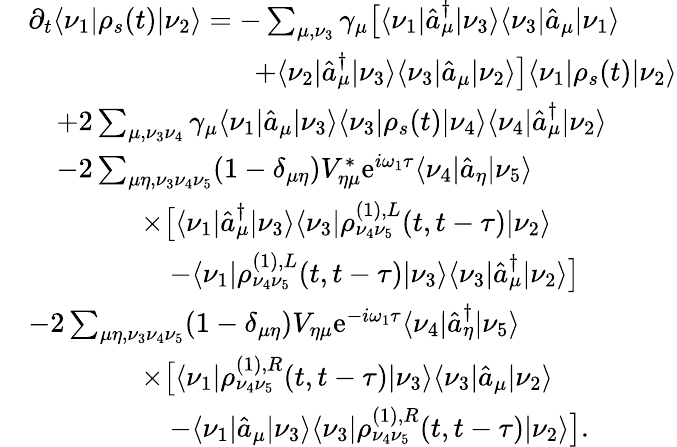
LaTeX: \begin{array}{rl}&{\partial_{t}\langle\nu_{1}|\rho_{s}(t)|\nu_{2}\rangle=-\sum_{\mu,\nu_{3}}\gamma_{\mu}\big[\langle\nu_{1}|\hat{a}_{\mu}^{\dagger}|\nu_{3}\rangle\langle\nu_{3}|\hat{a}_{\mu}|\nu_{1}\rangle}\\ &{\qquad\qquad\qquad\qquad+\langle\nu_{2}|\hat{a}_{\mu}^{\dagger}|\nu_{3}\rangle\langle\nu_{3}|\hat{a}_{\mu}|\nu_{2}\rangle\big]\langle\nu_{1}|\rho_{s}(t)|\nu_{2}\rangle}\\ &{\quad+2\sum_{\mu,\nu_{3}\nu_{4}}\gamma_{\mu}\langle\nu_{1}|\hat{a}_{\mu}|\nu_{3}\rangle\langle\nu_{3}|\rho_{s}(t)|\nu_{4}\rangle\langle\nu_{4}|\hat{a}_{\mu}^{\dagger}|\nu_{2}\rangle}\\ &{\quad-2\sum_{\mu\eta,\nu_{3}\nu_{4}\nu_{5}}(1-\delta_{\mu\eta})V_{\eta\mu}^{*}\mathrm{e}^{i\omega_{1}\tau}\langle\nu_{4}|\hat{a}_{\eta}|\nu_{5}\rangle}\\ &{\qquad\qquad\times\big[\langle\nu_{1}|\hat{a}_{\mu}^{\dagger}|\nu_{3}\rangle\langle\nu_{3}|\rho_{\nu_{4}\nu_{5}}^{(1),L}(t,t-\tau)|\nu_{2}\rangle}\\ &{\qquad\qquad\quad-\langle\nu_{1}|\rho_{\nu_{4}\nu_{5}}^{(1),L}(t,t-\tau)|\nu_{3}\rangle\langle\nu_{3}|\hat{a}_{\mu}^{\dagger}|\nu_{2}\rangle\big]}\\ &{-2\sum_{\mu\eta,\nu_{3}\nu_{4}\nu_{5}}(1-\delta_{\mu\eta})V_{\eta\mu}\mathrm{e}^{-i\omega_{1}\tau}\langle\nu_{4}|\hat{a}_{\eta}^{\dagger}|\nu_{5}\rangle}\\ &{\qquad\qquad\times\big[\langle\nu_{1}|\rho_{\nu_{4}\nu_{5}}^{(1),R}(t,t-\tau)|\nu_{3}\rangle\langle\nu_{3}|\hat{a}_{\mu}|\nu_{2}\rangle}\\ &{\qquad\qquad\quad-\langle\nu_{1}|\hat{a}_{\mu}|\nu_{3}\rangle\langle\nu_{3}|\rho_{\nu_{4}\nu_{5}}^{(1),R}(t,t-\tau)|\nu_{2}\rangle\big].}\end{array}